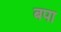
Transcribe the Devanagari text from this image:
बपा